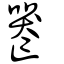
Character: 𠸶